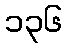
၁၃၆